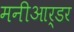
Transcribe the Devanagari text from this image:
मनीआर्डर